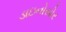
ડાઇનોસોર